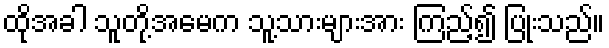
ထိုအခါ သူတို့အမေက သူ့သားများအား ကြည့်၍ ပြုံးသည်။